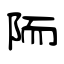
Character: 陑